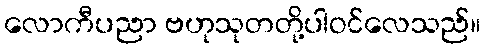
လောကီပညာ ဗဟုသုတတို့ပါဝင်လေသည်။